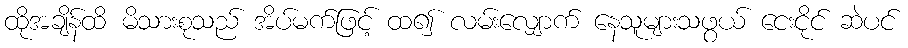
ထိုအချိန်ထိ မိသားစုသည် အိပ်မက်ဖြင့် ထ၍ လမ်းလျှောက် နေသူများသဖွယ် ငေးငိုင် ဆဲပင်